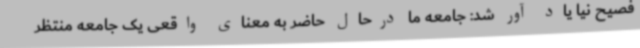
فصیح نیا یاد آور شد: جامعه ما درحال حاضر به معنای واقعی یک جامعه منتظر